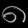
Digit: ၈